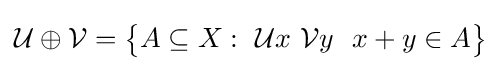
{\mathcal {U}}\oplus {\mathcal {V}}={\big \{}A\subseteq X:\ {\mathcal {U}}x\ {\mathcal {V}}y\ \ x+y\in A{\big \}}